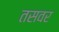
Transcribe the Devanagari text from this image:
तसवर